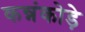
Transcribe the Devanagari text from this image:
कन्नंकोड़े